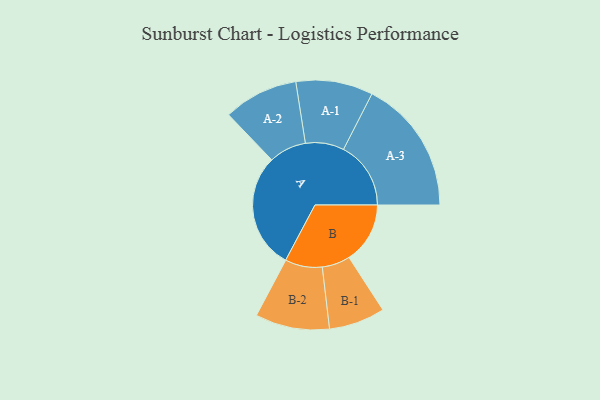
{"axis": {"x": "Segment", "y": "Value"}, "legend": ["", "A", "B"], "data": [{"x": "A", "y": 499, "type": ""}, {"x": "B", "y": 263, "type": ""}, {"x": "A-1", "y": 166, "type": "A"}, {"x": "A-2", "y": 161, "type": "A"}, {"x": "A-3", "y": 290, "type": "A"}, {"x": "B-1", "y": 121, "type": "B"}, {"x": "B-2", "y": 160, "type": "B"}]}